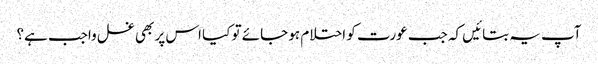
آپ یہ بتائیں کہ جب عورت کو احتلام ہو جائے تو کیا اس پر بھی غسل واجب ہے؟